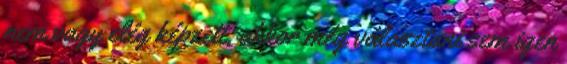
nem vagy elég képzett, akkor még választani sem igen